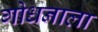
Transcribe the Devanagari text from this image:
गोधनाला